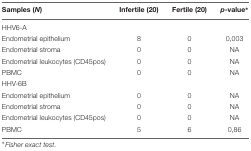
| Samples (N) | Infertile (20) | Fertile (20) | p-value∗ |
 | --- | --- | --- | --- |
 | HHV6-A |  |  |  |
 | Endometrial epithelium | 8 | 0 | 0,003 |
 | Endometrial stroma | 0 | 0 | NA |
 | Endometrial leukocytes (CD45pos) | 0 | 0 | NA |
 | PBMC | 0 | 0 | NA |
 | HHV-6B |  |  |  |
 | Endometrial epithelium | 0 | 0 | NA |
 | Endometrial stroma | 0 | 0 | NA |
 | Endometrial leukocytes (CD45pos) | 0 | 0 | NA |
 | PBMC | 5 | 6 | 0,86 |